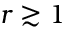
r \gtrsim 1